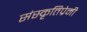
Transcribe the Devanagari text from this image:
संस्कृतिप्रेमी